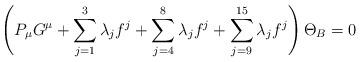
LaTeX: \begin{align*}\left( P_\mu G^\mu + \sum^3_{j=1}\lambda_jf^j+\sum_{j=4}^8\lambda_j f^j + \sum_{j=9}^{15} \lambda_j f^j \right)\Theta_B =0\end{align*}